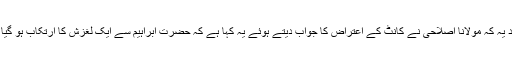
مزید یہ کہ مولانا اصلاحی نے کانٹ کے اعتراض کا جواب دیتے ہوئے یہ کہا ہے کہ حضرت ابراہیم سے ایک لغزش کا ارتکاب ہو گیا تھا۔